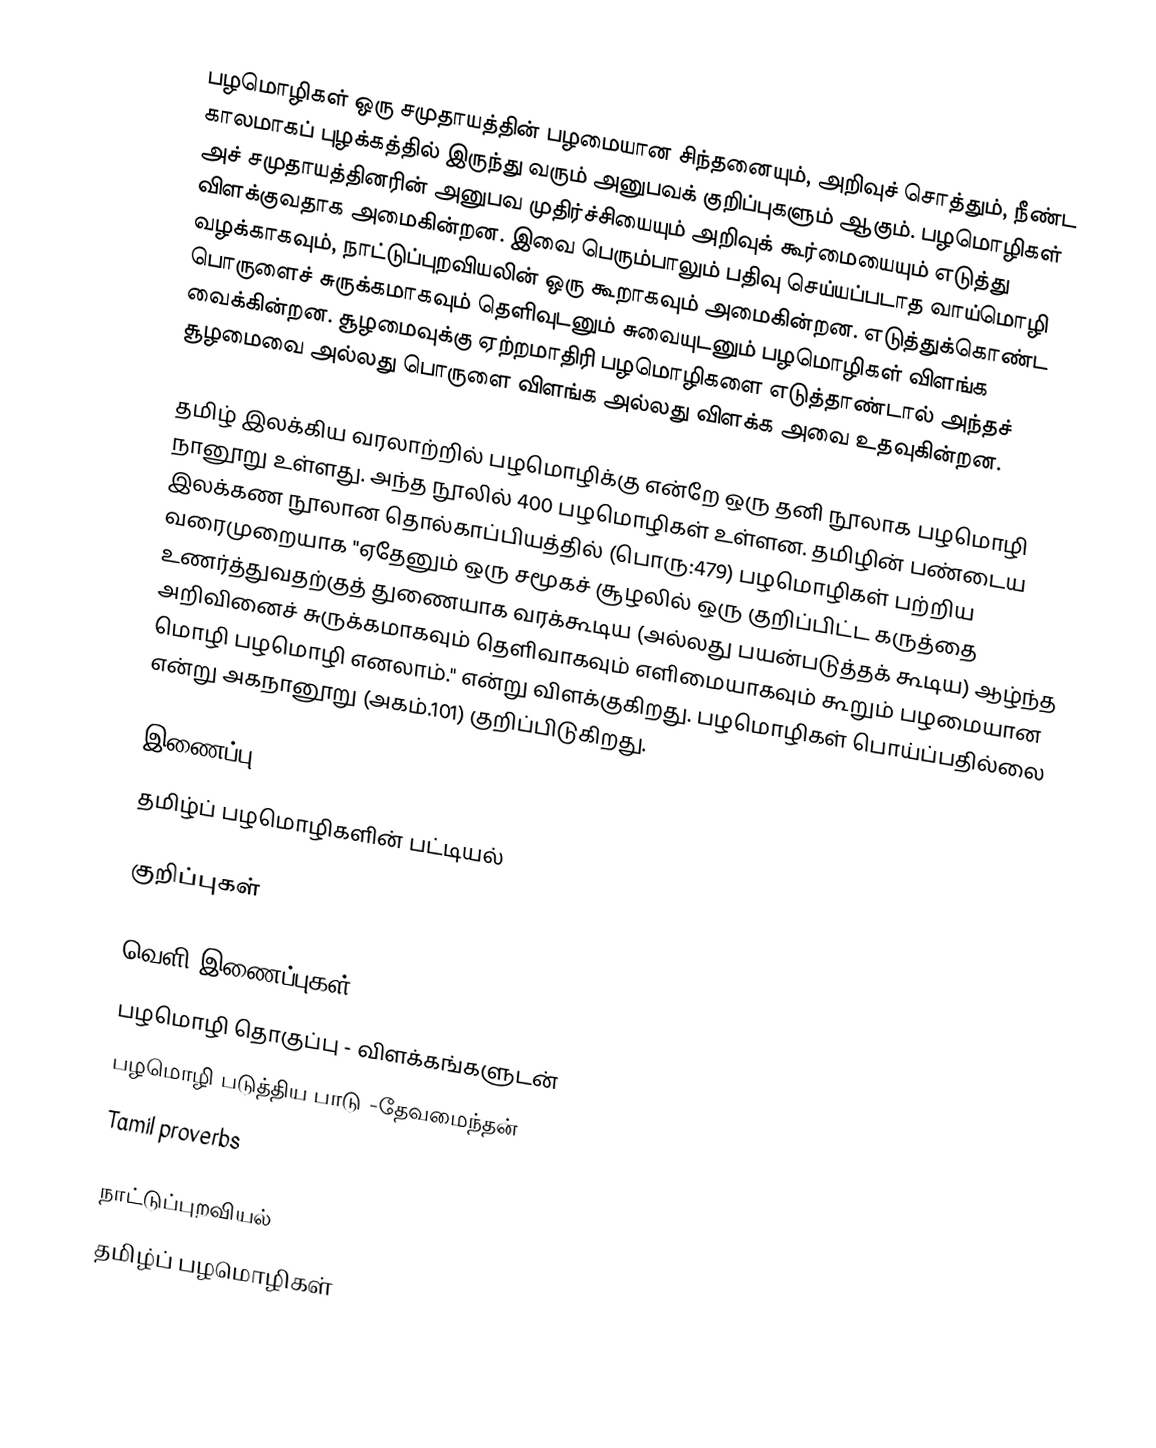
பழமொழிகள் ஒரு சமுதாயத்தின் பழமையான சிந்தனையும், அறிவுச் சொத்தும், நீண்ட காலமாகப் புழக்கத்தில் இருந்து வரும் அனுபவக் குறிப்புகளும் ஆகும். பழமொழிகள் அச் சமுதாயத்தினரின் அனுபவ முதிர்ச்சியையும் அறிவுக் கூர்மையையும் எடுத்து விளக்குவதாக அமைகின்றன. இவை பெரும்பாலும் பதிவு செய்யப்படாத வாய்மொழி வழக்காகவும், நாட்டுப்புறவியலின் ஒரு கூறாகவும் அமைகின்றன. எடுத்துக்கொண்ட பொருளைச் சுருக்கமாகவும் தெளிவுடனும் சுவையுடனும் பழமொழிகள் விளங்க வைக்கின்றன. சூழமைவுக்கு ஏற்றமாதிரி பழமொழிகளை எடுத்தாண்டால் அந்தச் சூழமைவை அல்லது பொருளை விளங்க அல்லது விளக்க அவை உதவுகின்றன.

தமிழ் இலக்கிய வரலாற்றில் பழமொழிக்கு என்றே ஒரு தனி நூலாக பழமொழி நானூறு உள்ளது. அந்த நூலில் 400 பழமொழிகள் உள்ளன. தமிழின் பண்டைய இலக்கண நூலான தொல்காப்பியத்தில் (பொரு:479) பழமொழிகள் பற்றிய வரைமுறையாக "ஏதேனும் ஒரு சமூகச் சூழலில் ஒரு குறிப்பிட்ட கருத்தை உணர்த்துவதற்குத் துணையாக வரக்கூடிய (அல்லது பயன்படுத்தக் கூடிய) ஆழ்ந்த அறிவினைச் சுருக்கமாகவும் தெளிவாகவும் எளிமையாகவும் கூறும் பழமையான மொழி பழமொழி எனலாம்." என்று விளக்குகிறது. பழமொழிகள் பொய்ப்பதில்லை என்று அகநானூறு (அகம்.101) குறிப்பிடுகிறது.

இணைப்பு
 தமிழ்ப் பழமொழிகளின் பட்டியல்

குறிப்புகள்

வெளி இணைப்புகள்
 பழமொழி தொகுப்பு - விளக்கங்களுடன்
 பழமொழி படுத்திய பாடு -தேவமைந்தன்
 Tamil proverbs

நாட்டுப்புறவியல்
தமிழ்ப் பழமொழிகள்